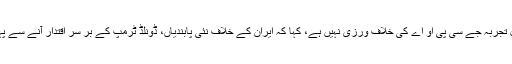
الوقت - وائٹ ہاوس نے یہ بیان کرتے ہوئے کہ ایران کی جانب سے میزائل تجربہ جے سی پی او اے کی خلاف ورزی نہيں ہے، کہا کہ ایران کے خلاف نئی پابندیاں، ڈونلڈ ٹرمپ کے بر سر اقتدار آنے سے پہلے کی آمادہ تھیں لیکن موجود حالات کے مد نظر انہیں نافذ کر دیا گیا ہے۔